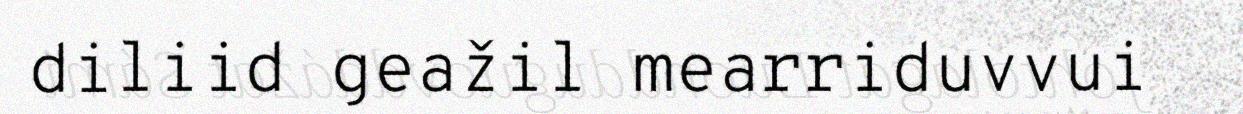
diliid geažil mearriduvvui